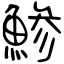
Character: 鯵